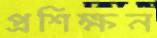
প্রশিক্ষন